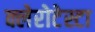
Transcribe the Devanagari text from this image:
क्लेरोटेस्टा